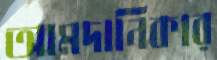
আমদানিকার